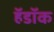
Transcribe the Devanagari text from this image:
हॅडॉक